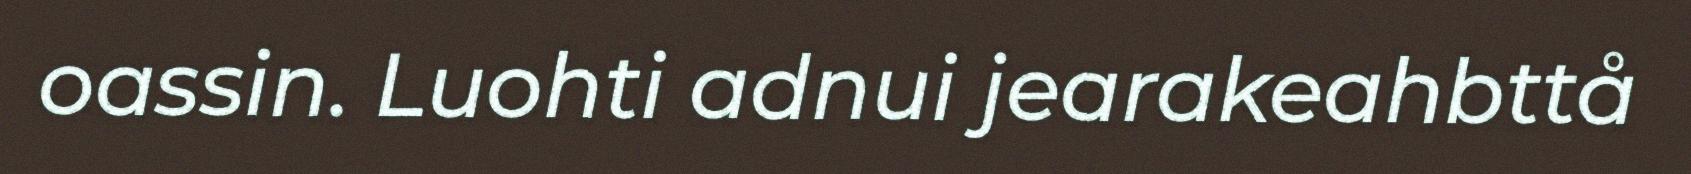
oassin. Luohti adnui jearakeahbttå